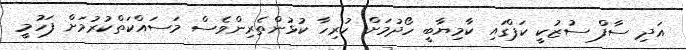
އަދި ސާފް ސުޒުކީ ކަޕްގައި ކާމިޔާބީ ހޯދުމަށް ހުރިހާ ކުޅުންތެރިންވެސް މަސައްކަތްކުރުމަށް ފަހުމީ